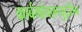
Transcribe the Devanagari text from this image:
कार्बमोयलप्युट्रसिन